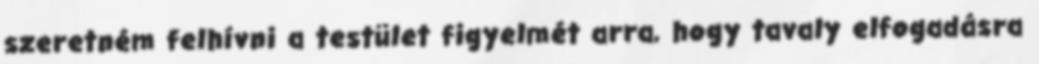
szeretném felhívni a testület figyelmét arra, hogy tavaly elfogadásra